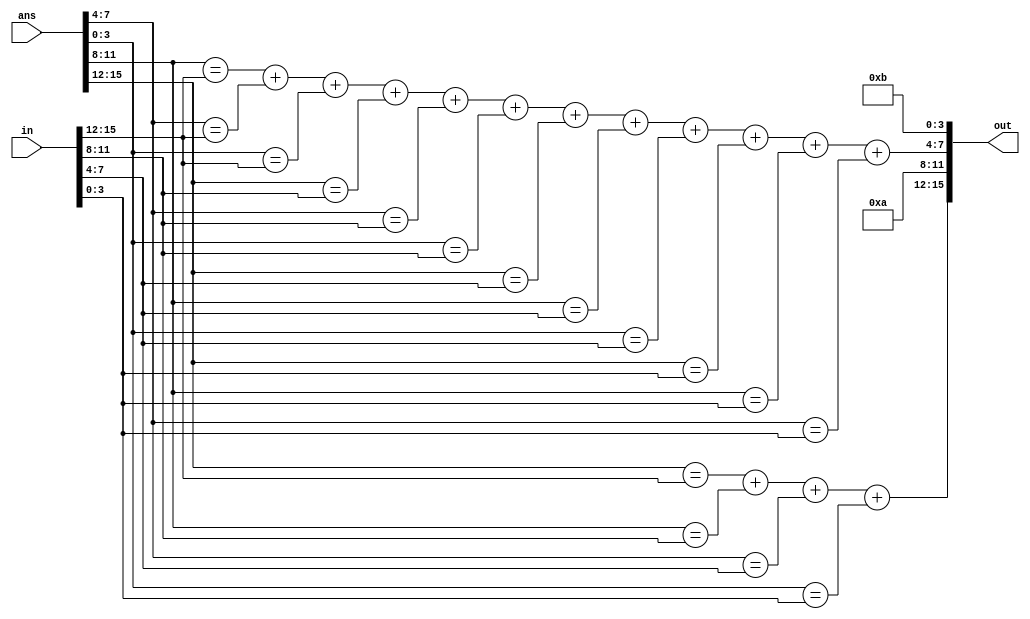
module checker(ans, in, out);
	input[15:0] ans, in;
	output[15:0] out;
	reg[3:0] A, B;
	
	assign out = {A,4'ha,B,4'hb};
	
	always@(ans or in) begin
		A = (ans[15:12] == in[15:12]) + (ans[11:8] == in[11:8]) + (ans[7:4] == in[7:4]) + (ans[3:0] == in[3:0]);
		B = (ans[11:8] == in[15:12]) + (ans[7:4] == in[15:12]) + (ans[3:0] == in[15:12])
			+ (ans[15:12] == in[11:8]) + (ans[7:4] == in[11:8]) + (ans[3:0] == in[11:8])
			+ (ans[15:12] == in[7:4]) + (ans[11:8] == in[7:4]) + (ans[3:0] == in[7:4])
			+ (ans[15:12] == in[3:0]) + (ans[11:8] == in[3:0]) + (ans[7:4] == in[3:0]);
	end
endmodule